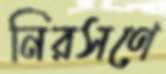
নিরসণে